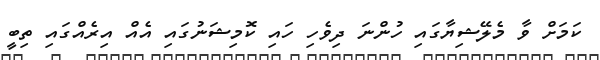
ކަމަށް ވާ މެލޭޝިޔާގައި ހުންނަ ދިވެހި ހައި ކޮމިޝަނުގައި އެއް އިރެއްގައި ތިބީ